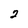
Character: 2